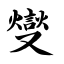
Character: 燮